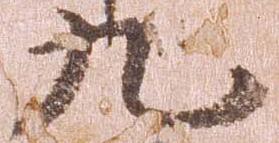
九